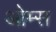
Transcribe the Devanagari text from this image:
ओम्स